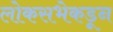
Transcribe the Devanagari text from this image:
लोकसभेकडून